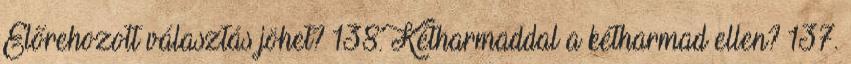
Előrehozott választás jöhet? 138. Kétharmaddal a kétharmad ellen? 137.